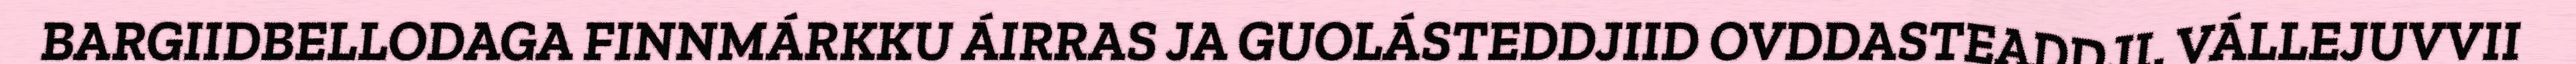
BARGIIDBELLODAGA FINNMÁRKKU ÁIRRAS JA GUOLÁSTEDDJIID OVDDASTEADDJI. VÁLLEJUVVII